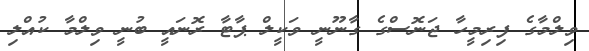
ވިލްމާގެ ފިރިމީހާ ޖަނޮސްގެ ގާނޫނީ ވަކީލް ޕާޓާ ރޮނައީ ބުނީ ވިލްމާ ކުއްލި